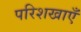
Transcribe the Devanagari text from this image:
परिशखाएँ